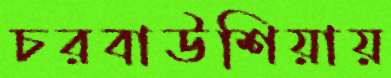
চরবাউশিয়ায়